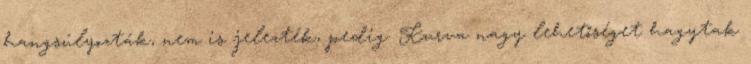
hangsúlyozták, nem is jelezték, pedig. Kurva nagy lehetőséget hagytak